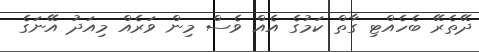
ދޭތެރޭ ބެހެއްޓި ގާތް ކަމުގެ އެއް ވެސް މިން ވަރެއް މިއަދު އޭނަގެ